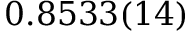
0 . 8 5 3 3 ( 1 4 )